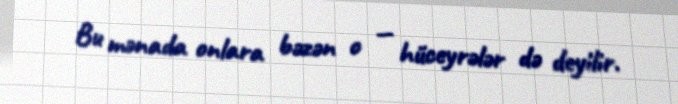
Bu mənada onlara bəzən o — hüceyrələr də deyilir.